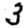
Digit: 3